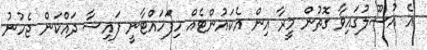
އެ އުސޫލުގައިވާ ގޮތުން މީރާ އިން އެކައުންޓެއް ހިފަހައްޓާނީ ފައިސާ ދައްކަން ޖެހުނު